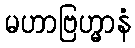
မဟာဗြဟ္မာနံ